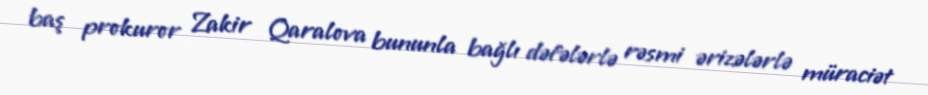
baş prokuror Zakir Qaralova bununla bağlı dəfələrlə rəsmi ərizələrlə müraciət